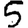
Digit: 5